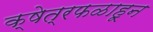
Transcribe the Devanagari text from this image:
क्षेत्रफळाहून